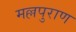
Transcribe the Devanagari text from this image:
मल्लपुराण